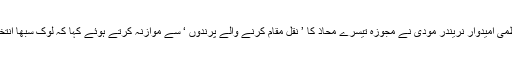
فروری : ( سیاست ڈاٹ کام ) : بی جے پی وزارت عظمیٰ امیدوار نریندر مودی نے مجوزہ تیسرے محاذ کا ’ نقل مقام کرنے والے پرندوں ‘ سے موازنہ کرتے ہوئے کہا کہ لوک سبھا انتخابات کے بعد یہ ’تیس نشستوں کا محاذ ‘ بن جائے گا ۔